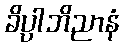
ခိပ္ပါဘိညာနံ